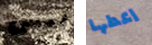
ليس اعطها